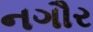
નગૌર